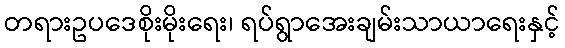
တရားဥပဒေစိုးမိုးရေး၊ ရပ်ရွာအေးချမ်းသာယာရေးနှင့်